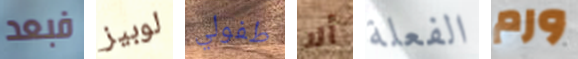
فبعد لوبيز طفولي ألا الفعلة ورم